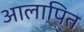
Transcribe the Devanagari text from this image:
आलापित